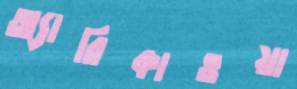
অ্যারিকাওয়া